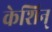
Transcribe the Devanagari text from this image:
केशिन्